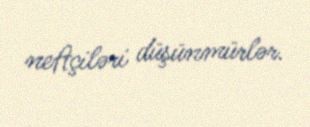
neftçiləri düşünmürlər.